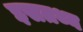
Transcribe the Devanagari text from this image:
इसतथ्य